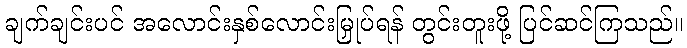
ချက်ချင်းပင် အလောင်းနှစ်လောင်းမြှုပ်ရန် တွင်းတူးဖို့ ပြင်ဆင်ကြသည်။